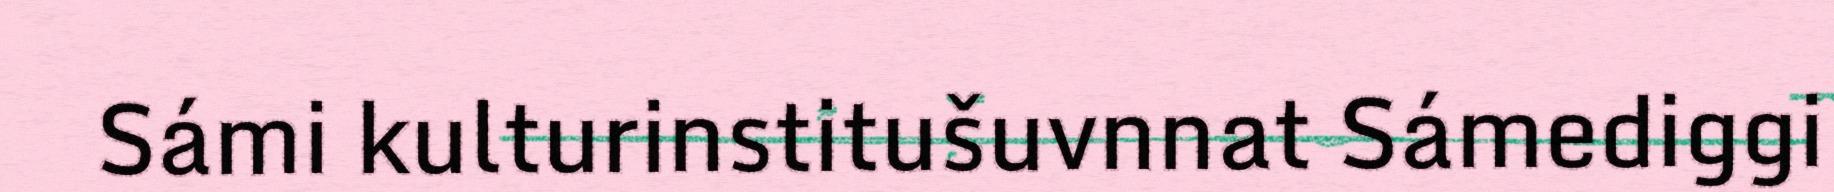
Sámi kulturinstitušuvnnat Sámediggi